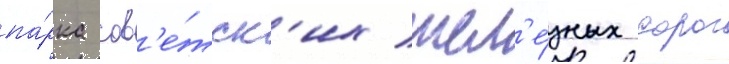
па́рка сов'е́тск'их жел'е́зных дорог